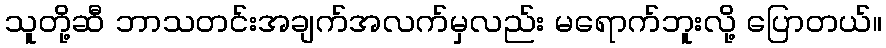
သူတို့ဆီ ဘာသတင်းအချက်အလက်မှလည်း မရောက်ဘူးလို့ ပြောတယ်။